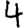
Digit: 4